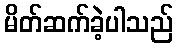
မိတ်ဆက်ခဲ့ပါသည်